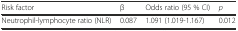
<table><thead><tr><td><b>Risk factor</b></td><td><b>β</b></td><td><b>Odds ratio (95 % CI)</b></td><td><b><i>p</i></b></td></tr></thead><tbody><tr><td>Neutrophil-lymphocyte ratio (NLR)</td><td>0.087</td><td>1.091 (1.019-1.167)</td><td>0.012</td></tr></tbody></table>